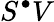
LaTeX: S^{\bullet}V